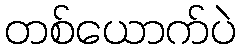
တစ်ယောက်ပဲ